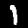
Label: 1